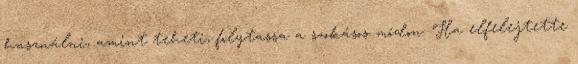
használni, amint te­he­ti, folytassa a szokásos módon. Ha elfelejtette